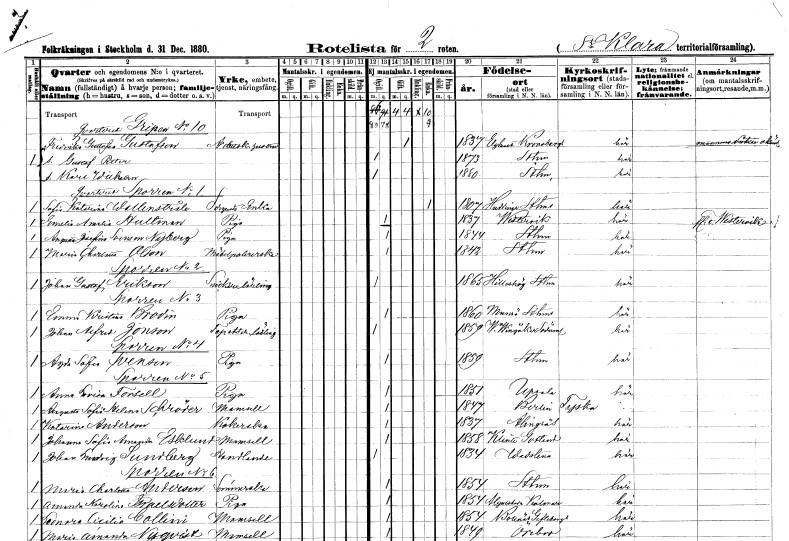
gt_parse: households: individuals: FN: Fredrika Gustafva
EN: Gustafson
YRKE: Arbetskarlshustru
KON: K
CIV: G
FODAR: 1837
FODFORS: Älghult Kronobergs län
FN: Gustaf Petter
KON: M
CIV: O
FODAR: 1873
FODFORS: Stockholm
FN: Karl Wilhelm
KON: M
CIV: O
FODAR: 1880
FODFORS: Stockholm
FN: Sofia Katarina
EN: Wallenstråle
YRKE: Sergeantsänka
KON: K
CIV: E
FODAR: 1807
FODFORS: Huddinge Stockholms län
FN: Emelia Amalia
EN: Hultman
YRKE: Piga
KON: K
CIV: O
FODAR: 1837
FODFORS: Västervik Kalmar län
FN: Augusta Josefina
EN: Svenson Nyberg
YRKE: Piga
KON: K
CIV: O
FODAR: 1844
FODFORS: Stockholm
FN: Maria Charlotta
EN: Olson
YRKE: Möbelpolererska
KON: K
CIV: O
FODAR: 1842
FODFORS: Stockholm
FN: Johan Gustaf
EN: Erikson
YRKE: Snickarelärling
KON: M
CIV: O
FODAR: 1865
FODFORS: Hilleshög Stockholms län
FN: Emma Kristina
EN: Brodin
YRKE: Piga
KON: K
CIV: O
FODAR: 1860
FODFORS: Munsö Stockholms län
FN: Johan Alfred
EN: Jonson
YRKE: Tapetserarelärling
KON: M
CIV: O
FODAR: 1859
FODFORS: Västra Vingåker Södermanlands län
FN: Agda Sofia
EN: Svenson
YRKE: Piga
KON: K
CIV: O
FODAR: 1859
FODFORS: Stockholm
FN: Anna Lovisa
EN: Forsell
YRKE: Piga
KON: K
CIV: O
FODAR: 1851
FODFORS: Uppsala Uppsala län
FN: Augusta Sofia Helena
EN: Schröder
KON: K
CIV: O
FODAR: 1847
FN: Katarina
EN: Anderson
YRKE: Kokerska
KON: K
CIV: O
FODAR: 1837
FODFORS: Alingsås Älvsborgs län
FN: Johanna Sofia Amanda
EN: Esklund
KON: K
CIV: O
FODAR: 1858
FODFORS: Klinte Gotlands län
FN: Johan Ludvig
EN: Sundberg
YRKE: Handlande
KON: M
CIV: O
FODAR: 1834
FODFORS: Vadstena Östergötlands län